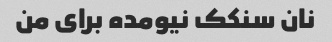
نان سنکک نیومده براى من